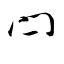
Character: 閂